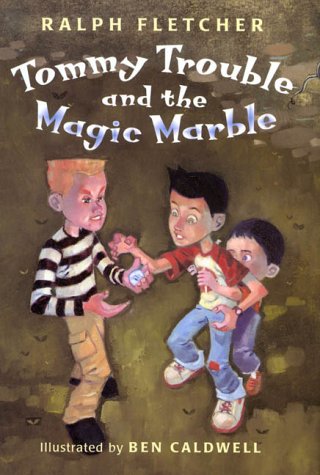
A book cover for Tommy Trouble and the Magic Marble; Ralph Fletcher; Crafts, Hobbies & Home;